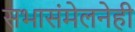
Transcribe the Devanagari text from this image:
सभासंमेलनेही